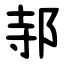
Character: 邿